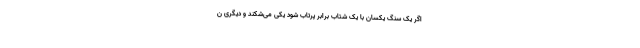
اگر یک سنگ یکسان با یک شتاب برابر پرتاب شود یکی می‌شکند و دیگری ن